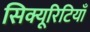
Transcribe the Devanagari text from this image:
सिक्यूरिटियाँ